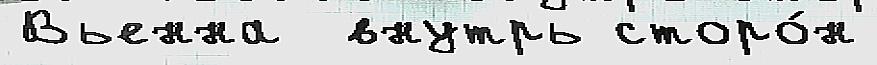
Вьенна  внутрь сторо́н